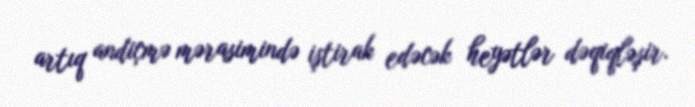
artıq andiçmə mərasimində iştirak edəcək heyətlər dəqiqləşir.